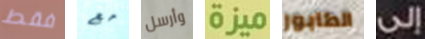
فقط مع وأرسل ميزة الطابور إلى